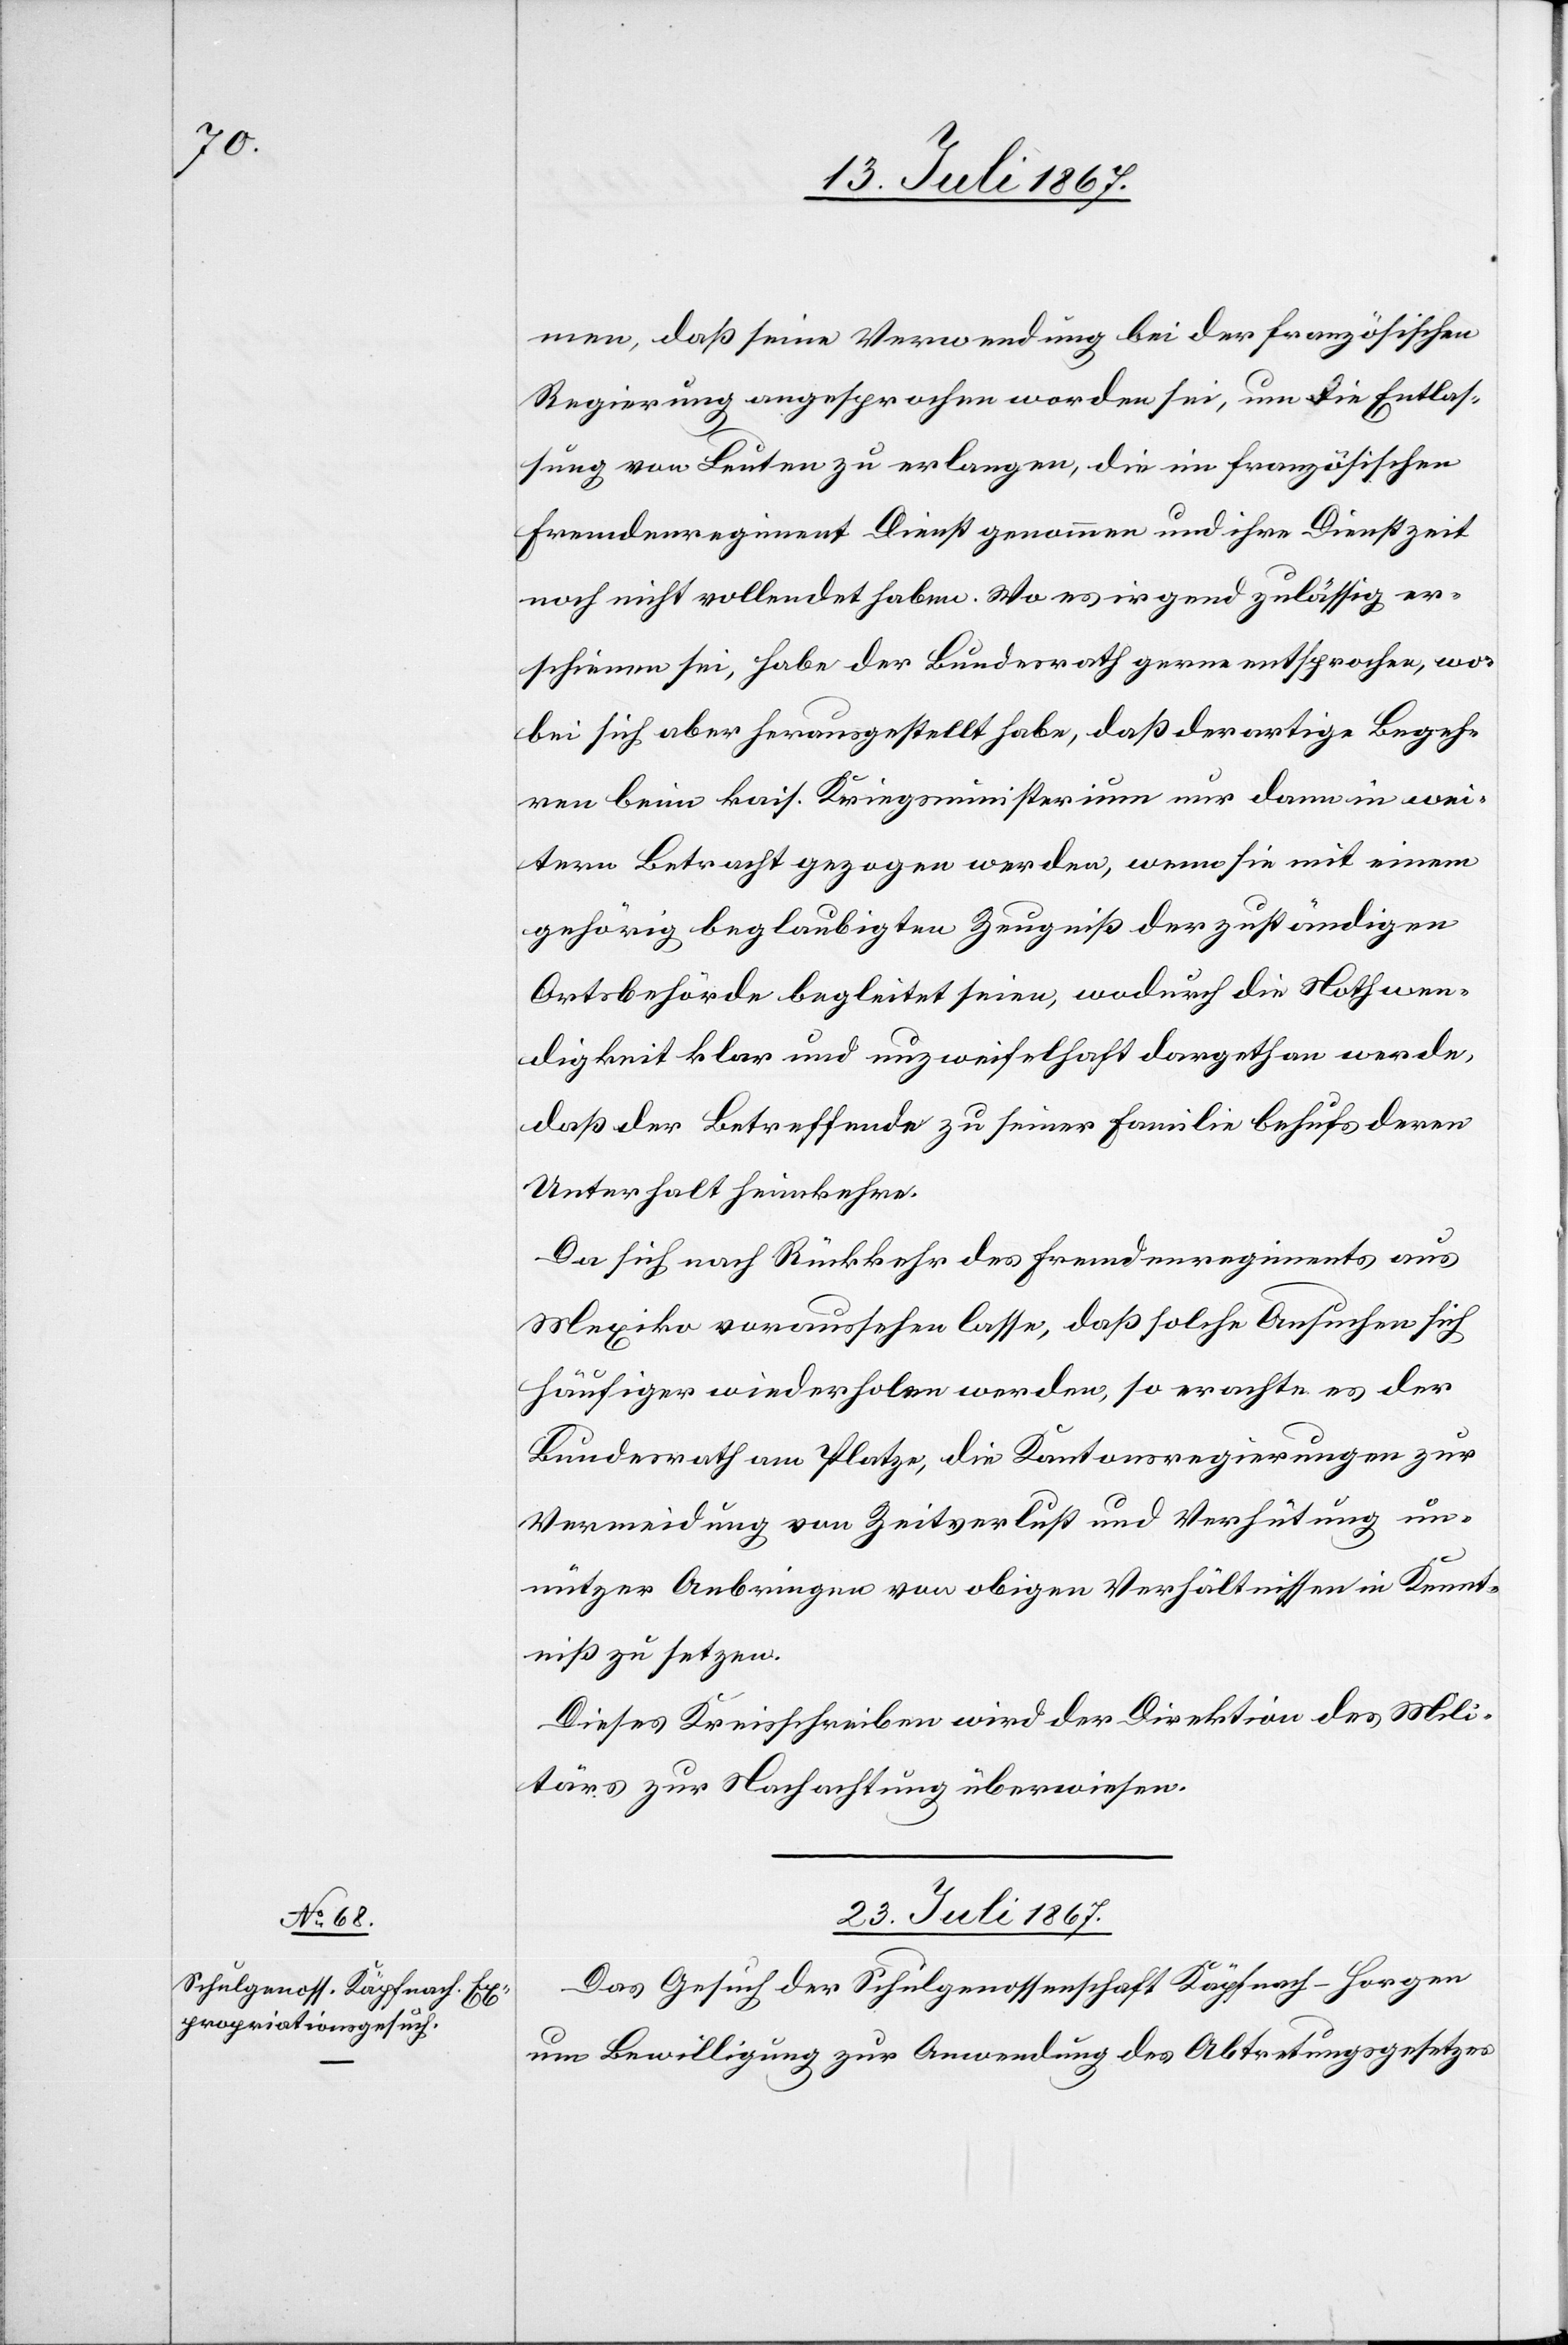
men, daß seine Verwendung bei der französischen
Regierung angesprochen worden sei, um die Entlas¬
sung von Leuten zu erlangen, die im französischen
Fremdenregiment Dienst genommen und ihre Dienstzeit
noch nicht vollendet haben. Wo es irgend zulässig er¬
schienen sei, habe der Bundesrath gerne entsprochen, wo¬
bei sich aber herausgestellt habe, daß derartige Begeh¬
ren beim kais. Kriegsministerium nur dann in we¬
itern Betracht gezogen werden, wenn sie mit einem
gehörig beglaubigten Zeugniß der zuständigen
Ortsbehörde begleitet seien, wodurch die Nothwen¬
digkeit klar und unzweifelhaft dargethan werde,
daß der Betreffende zu seiner Familie behufs deren
Unterhalt heimkehre.
Da sich nach Rückkehr des Fremdenregiments aus
Mexiko voraussehen lasse, daß solche Ansuchen sich
häufiger wiederholen werden, so erachte es der
Bundesrath am Platze, die Kantonsregierungen zur
Vermeidung von Zeitverlust und Verhütung un¬
nützer Anbringen von obigen Verhältnissen Kennt¬
niß zu setzen.
Dieses Kreisschreiben wird der Direktion des Mili¬
tärs zur Nachachtung überwiesen.
23. Juli 1867.
Das Gesuch der Schulgenossenschaft Käpfnach-Horgen
um Bewilligung zur Anwendung des Abtretungsgesetzes